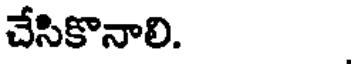
చేసికొనాలి.